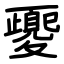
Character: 夒